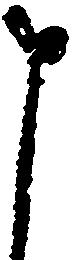
申